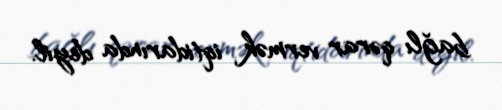
bağlı qərar vermək iqtidarında deyil.